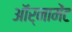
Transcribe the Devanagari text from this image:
ऑर्नामेंट